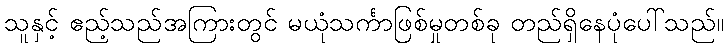
သူနှင့် ဧည့်သည်အကြားတွင် မယုံသင်္ကာဖြစ်မှုတစ်ခု တည်ရှိနေပုံပေါ်သည်။